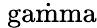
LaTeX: \mathrm{{\dot{\ gamma}}}